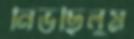
নিভছিলুম